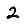
Digit: 2